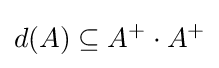
d(A)\subseteq A^{+}\cdot A^{+}